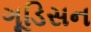
ગૂડિસન